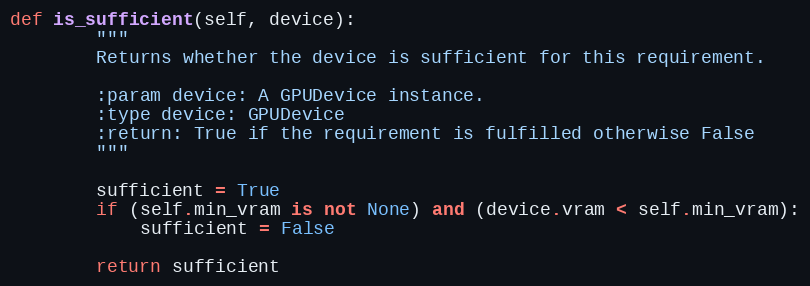
Language: Python
def is_sufficient(self, device):
        """
        Returns whether the device is sufficient for this requirement.

        :param device: A GPUDevice instance.
        :type device: GPUDevice
        :return: True if the requirement is fulfilled otherwise False
        """

        sufficient = True
        if (self.min_vram is not None) and (device.vram < self.min_vram):
            sufficient = False

        return sufficient